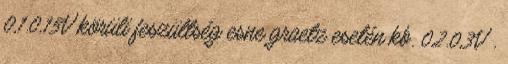
0,1.0,15V körüli feszültség esne graetz esetén kb. 0,2.0,3V .